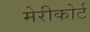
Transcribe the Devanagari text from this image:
मेरीकोर्ट